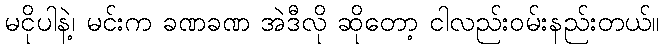
မငိုပါနဲ့၊ မင်းက ခဏခဏ အဲဒီလို ဆိုတော့ ငါလည်းဝမ်းနည်းတယ်။